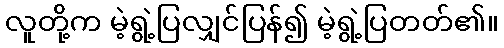
လူတို့က မဲ့ရွဲ့ပြလျှင်ပြန်၍ မဲ့ရွဲ့ပြတတ်၏။